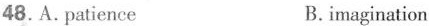
48.A.patience B.imagination